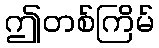
ဤတစ်ကြိမ်